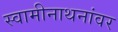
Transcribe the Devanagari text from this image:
स्वामीनाथनांवर